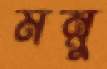
মন্নু